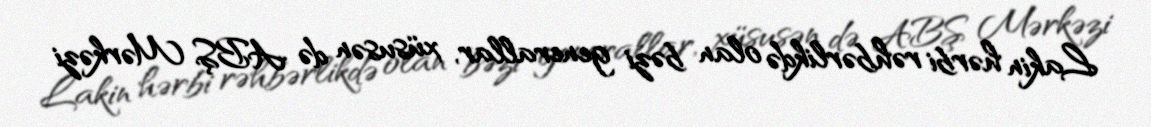
Lakin hərbi rəhbərlikdə olan bəzi generallar, xüsusən də ABŞ Mərkəzi